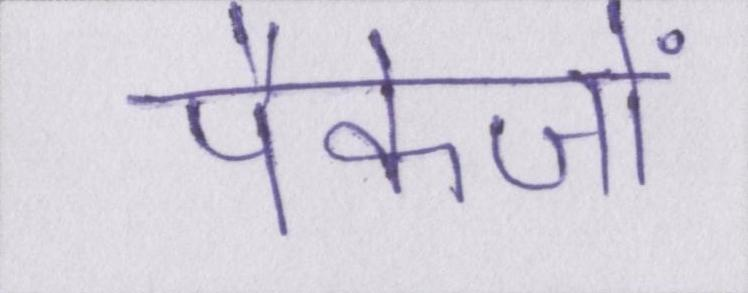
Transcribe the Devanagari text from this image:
पैकेजों